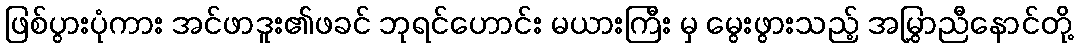
ဖြစ်ပွားပုံကား အင်ဖာဒူး၏ဖခင် ဘုရင်ဟောင်း မယားကြီး မှ မွေးဖွားသည့် အမြွှာညီနောင်တို့